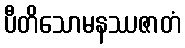
ပီတိသောမနဿဇာတံ